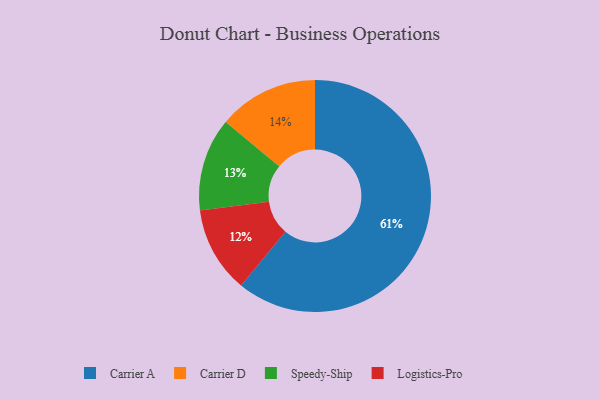
{"axis": {"x": "Category", "y": "Percentage"}, "legend": ["Carrier A", "Carrier D", "Logistics-Pro", "Speedy-Ship"], "data": [{"x": "Carrier D", "y": 14, "type": "Carrier D"}, {"x": "Logistics-Pro", "y": 12, "type": "Logistics-Pro"}, {"x": "Speedy-Ship", "y": 13, "type": "Speedy-Ship"}, {"x": "Carrier A", "y": 61, "type": "Carrier A"}]}